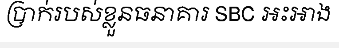
ប្រាក់របស់ខ្លួនធនាគារ SBC អះអាង